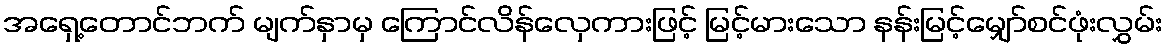
အရှေ့တောင်ဘက် မျက်နှာမှ ကြောင်လိန်လှေကားဖြင့် မြင့်မားသော နန်းမြင့်မျှော်စင်ဖုံးလွှမ်း